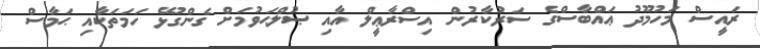
ރައީސް މަހުމޫދު ޢައްބާސްގެ ސަރުކާރުން އިސްރާޢީލް އާއި ޞުލްޙަވުމަށް ގެންގުޅޭ ހަމަތަކާއި ޙަމާސް